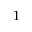
1